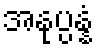
အနုပ္ပန္နံ